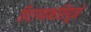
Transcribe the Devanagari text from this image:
हिराण्यकशिपूने